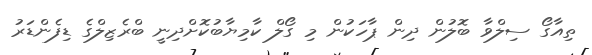
ތިއާގޯ ސިލްވާ ބޮލުން ދިން ޕާހަކުން މި ގޯލް ކާމިޔާބުކޮށްދިނީ ބްރެޒިލްގެ ޑިފެންޑަރު